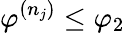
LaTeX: \varphi^{(n_{j})}\leq\varphi_{2}